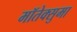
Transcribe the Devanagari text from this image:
मॉतेक्सुमा